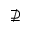
\nsupseteq